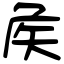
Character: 矦